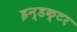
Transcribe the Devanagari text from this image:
इन्डक्टर